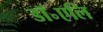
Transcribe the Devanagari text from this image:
डॉ॰एलि